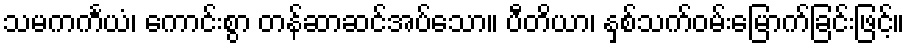
သမကင်္ကယံ၊ ကောင်းစွာ တန်ဆာဆင်အပ်သော။ ပီတိယာ၊ နှစ်သက်ဝမ်းမြောက်ခြင်းဖြင့်။